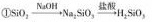
①$$S i O _ { 2 } \xrightarrow { N a O h } N a _ { 2 } S i